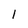
Character: 1